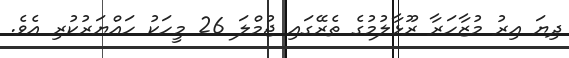
ދިޔަ އިރު މުޒާހަރާ ރޫޅާލުމުގެ ތެރޭގައި ޖުމްލަ 26 މީހަކު ހައްޔަރުކުރި އެވެ.